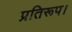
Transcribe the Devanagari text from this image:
प्रतिरूप।